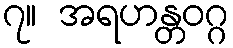
၇။ အရဟန္တဝဂ္ဂ